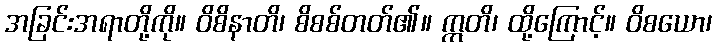
အခြင်းအရာတို့ကို။ ဝိစိနာတိ၊ စိစစ်တတ်၏။ ဣတိ၊ ထို့ကြောင့်။ ဝိစယော၊